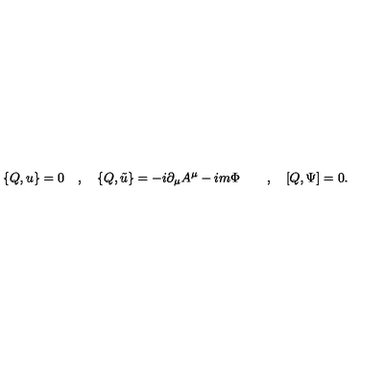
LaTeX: \{ Q , u \} = 0 \quad , \quad \{ Q , \tilde { u } \} = - i \partial _ { \mu } A ^ { \mu } - i m \Phi \quad \quad , \quad [ Q , \Psi ] = 0 .